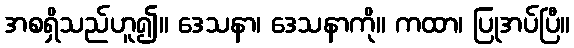
အစရှိသည်ဟူ၍။ ဒေသနာ၊ ဒေသနာကို။ ကထာ၊ ပြုအပ်ပြီ။